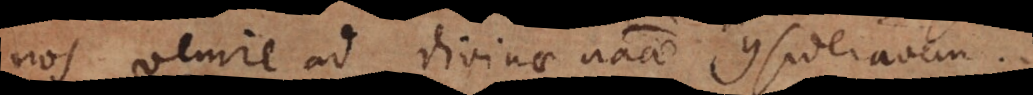
nos venire ad divinae naturae considerationem.